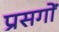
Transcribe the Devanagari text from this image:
प्रसगों